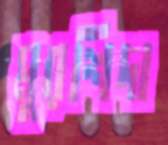
মুরশিদা